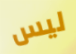
ليس